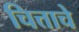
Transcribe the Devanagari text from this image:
चित्ताचे